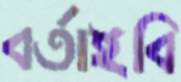
বর্তাইবি